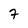
Character: 7